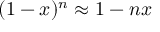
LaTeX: ( 1 - x ) ^ { n } \approx { 1 - n x }